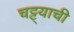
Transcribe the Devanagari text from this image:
चट्ट्याची